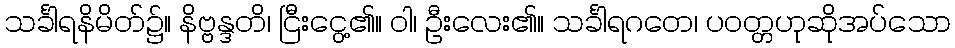
သင်္ခါရနိမိတ်၌။ နိဗ္ဗန္ဒတိ၊ ငြီးငွေ့၏။ ဝါ၊ ဦးလေး၏။ သင်္ခါရဂတေ၊ ပဝတ္တဟုဆိုအပ်သော